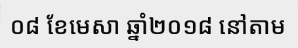
០៨ ខែមេសា ឆ្នាំ២០១៨ នៅតាម